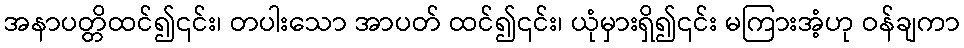
အနာပတ္တိထင်၍၎င်း၊ တပါးသော အာပတ် ထင်၍၎င်း၊ ယုံမှားရှိ၍၎င်း မကြားအံ့ဟု ဝန်ချကာ